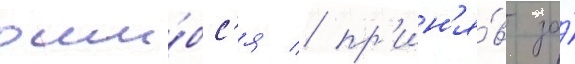
оши́бс'я / пр'ин'я́в за́